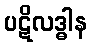
ပဋိလဒ္ဓါန